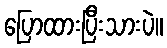
ပြောထားပြီးသားပဲ။